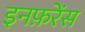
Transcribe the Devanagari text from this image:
इनफ़रेंस